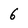
Character: 6